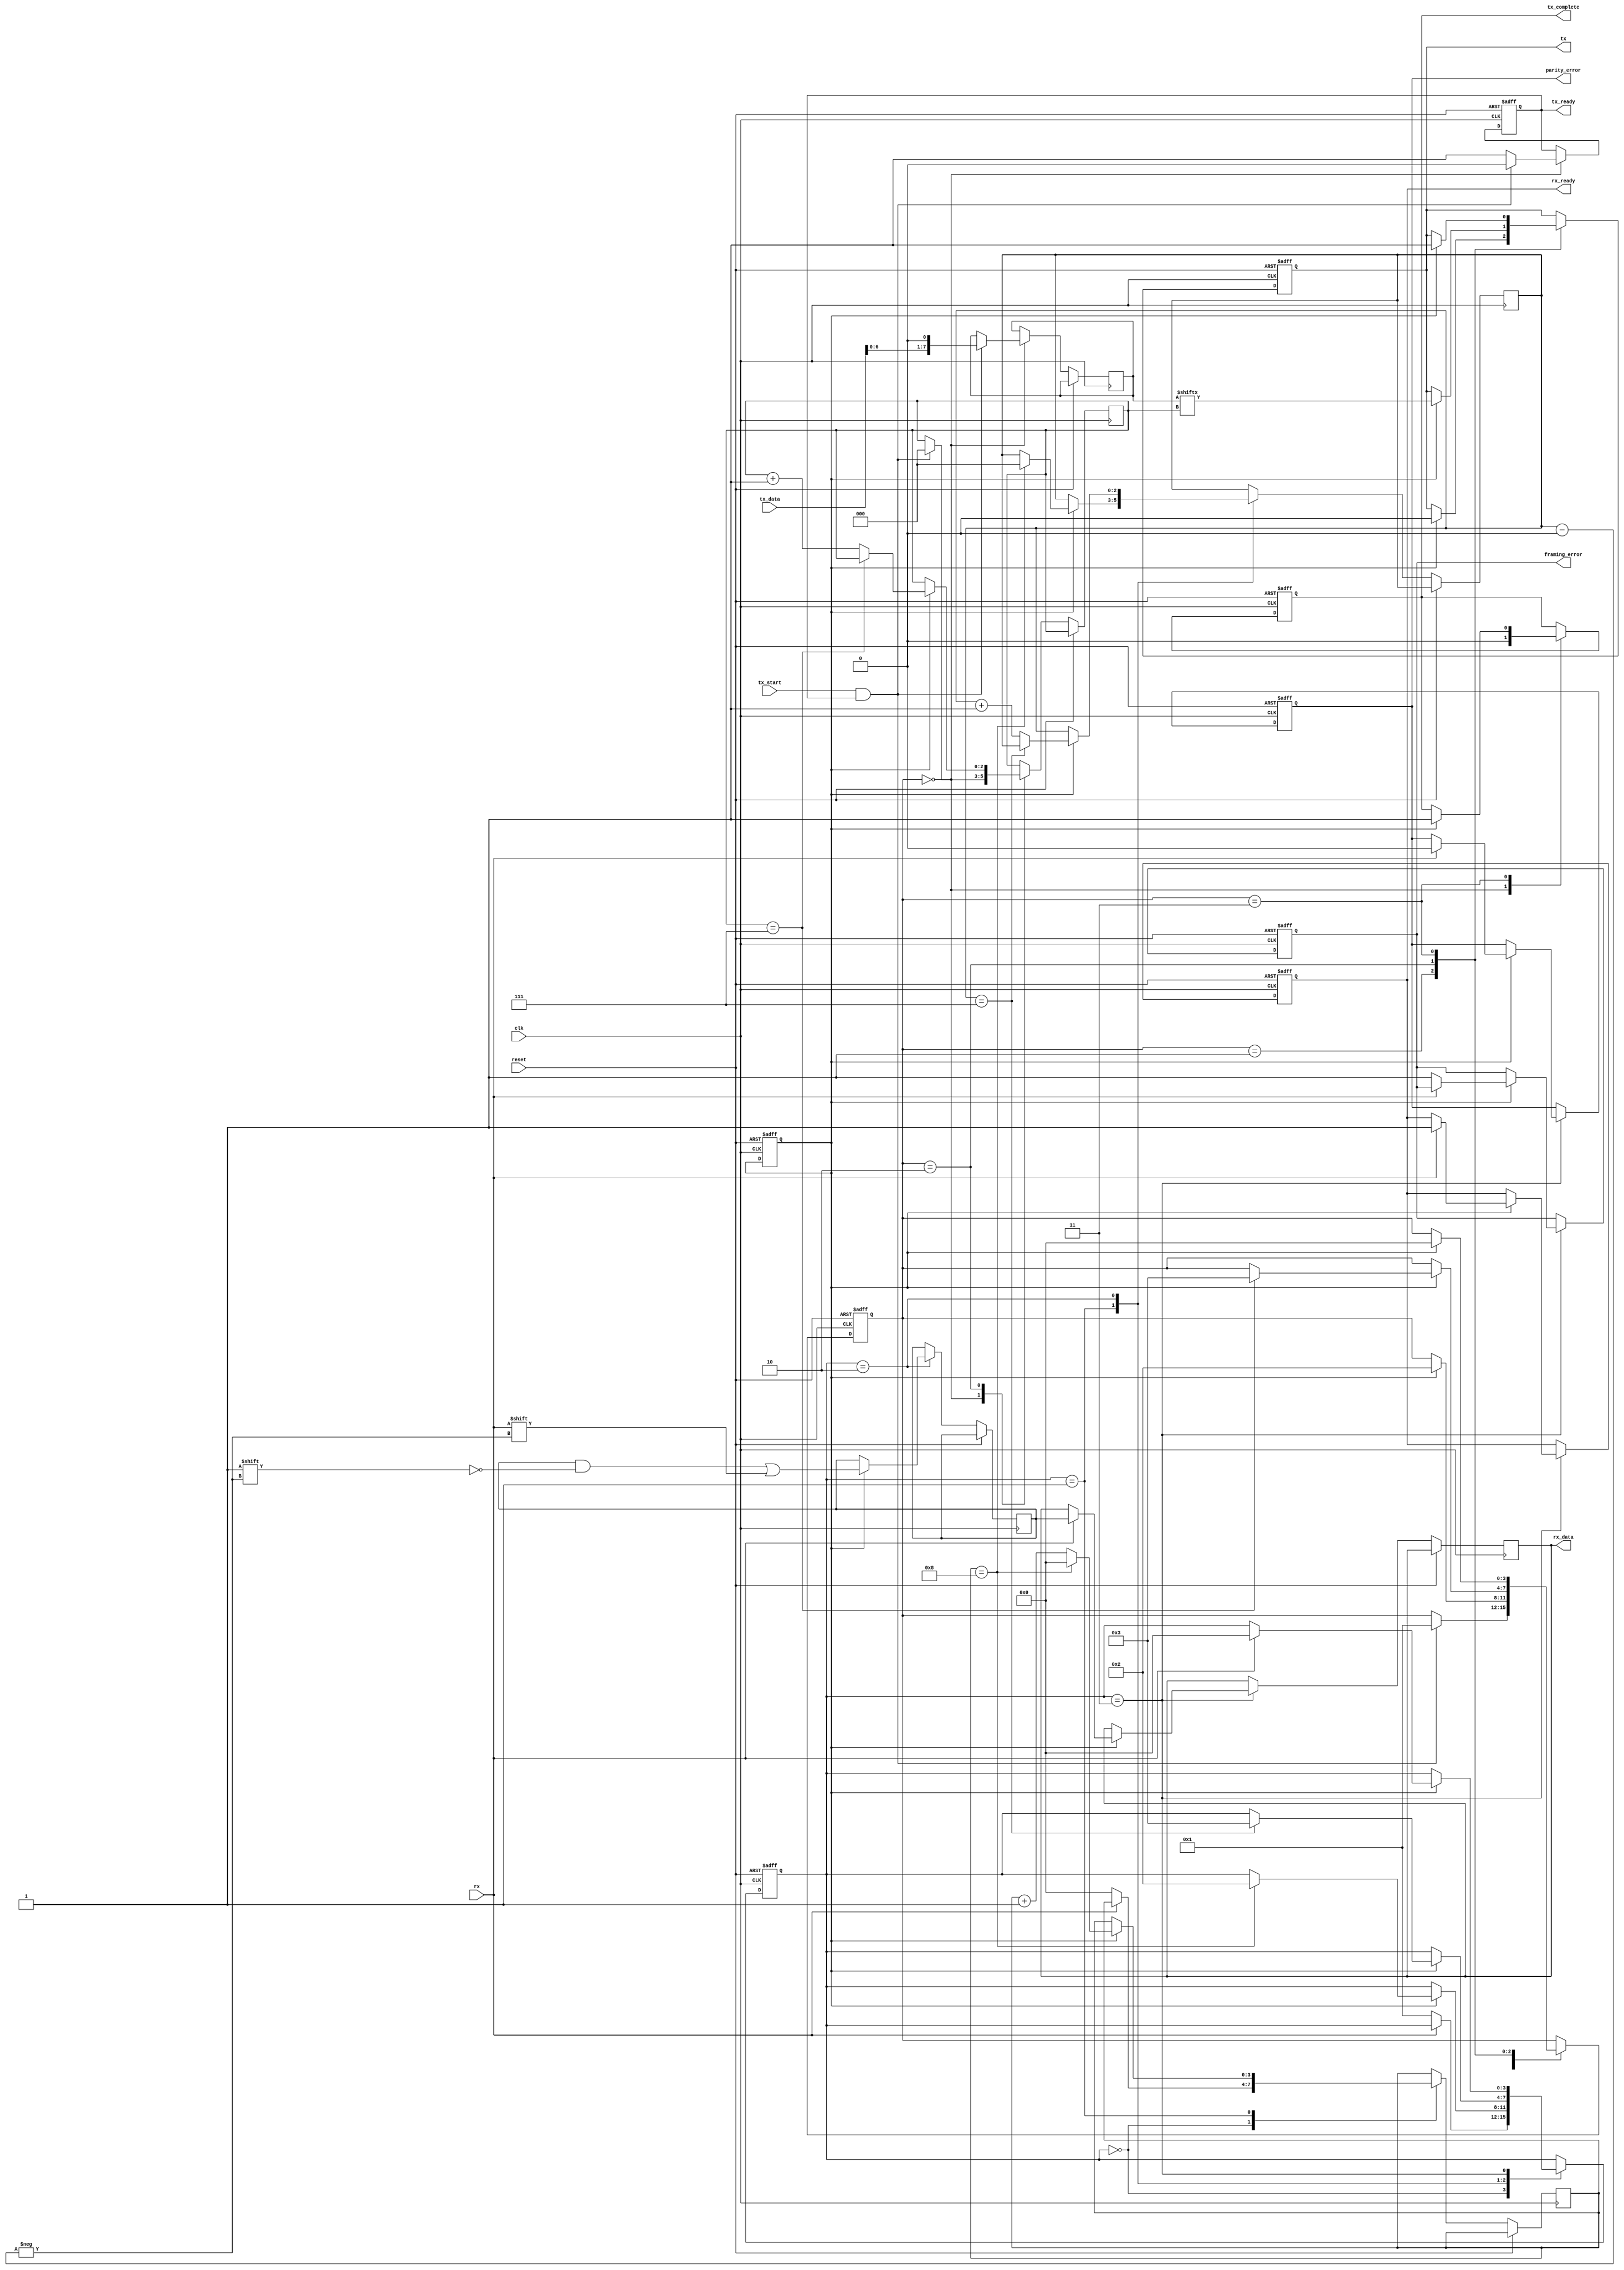
module Parameterized_UART #(
    parameter DATA_WIDTH = 8,      // Parallel data width
    parameter BAUD_RATE = 9600,    // Desired baud rate
    parameter CLOCK_FREQ = 50000000, // System clock frequency in Hz
    parameter STOP_BITS = 1,        // Number of stop bits (1 or 2)
    parameter PARITY_ENABLE = 0     // Enable parity (0: None, 1: Even, 2: Odd)
)(
    input wire clk,                  // System clock
    input wire reset,                // Reset signal
    input wire tx_start,             // Transmit start signal
    input wire [DATA_WIDTH-1:0] tx_data, // Data to transmit
    output reg tx,                   // Transmit serial output
    output reg tx_ready,             // TX ready signal
    output reg tx_complete,          // TX complete signal
    input wire rx,                   // Receive serial input
    output reg [DATA_WIDTH-1:0] rx_data, // Received data
    output reg rx_ready,             // RX ready signal
    output reg framing_error,        // Framing error signal
    output reg parity_error          // Parity error signal
);

    // Baud rate generator
    localparam integer CLOCK_DIV = CLOCK_FREQ / (BAUD_RATE * 16);
    reg [3:0] baud_counter = 0;
    reg baud_tick = 0;

    always @(posedge clk or posedge reset) begin
        if (reset) begin
            baud_counter <= 0;
            baud_tick <= 0;
        end else begin
            if (baud_counter == CLOCK_DIV - 1) begin
                baud_counter <= 0;
                baud_tick <= ~baud_tick; // Toggle baud tick every CLOCK_DIV cycles
            end else begin
                baud_counter <= baud_counter + 1;
            end
        end
    end

    // Transmitter state machine
    reg [3:0] tx_state;
    localparam TX_IDLE = 4'd0, TX_START = 4'd1, TX_DATA = 4'd2, TX_STOP = 4'd3;

    reg [7:0] tx_shift_reg;
    reg [2:0] bit_index;

    always @(posedge clk or posedge reset) begin
        if (reset) begin
            tx <= 1'b1; // Idle state (high)
            tx_state <= TX_IDLE;
            tx_ready <= 1'b1;
            tx_complete <= 1'b0;
        end else begin
            case (tx_state)
                TX_IDLE: begin
                    tx_ready <= 1'b1;
                    tx_complete <= 1'b0;
                    if (tx_start && tx_ready) begin
                        tx_shift_reg <= {tx_data, 1'b0}; // Append stop bit
                        if (PARITY_ENABLE) begin
                            // Calculate and append parity bit
                            tx_shift_reg <= {tx_shift_reg, ^tx_data}; // Append parity bit
                        end 
                        tx_state <= TX_START;
                        tx_ready <= 1'b0; // Not ready while transmitting
                        bit_index <= 0;
                    end
                end

                TX_START: begin
                    if (baud_tick) begin
                        tx <= 1'b0; // Start bit
                        tx_state <= TX_DATA;
                    end
                end

                TX_DATA: begin
                    if (baud_tick) begin
                        tx <= tx_shift_reg[bit_index];
                        if (bit_index == (DATA_WIDTH + (PARITY_ENABLE ? 1 : 0) - 1)) begin
                            tx_state <= TX_STOP;
                        end else begin
                            bit_index <= bit_index + 1;
                        end
                    end
                end

                TX_STOP: begin
                    if (baud_tick) begin
                        tx <= 1'b1; // Stop bit
                        tx_complete <= 1'b1;
                        tx_state <= TX_IDLE; // Go back to idle
                    end
                end
            endcase
        end
    end

    // Receiver state machine
    reg [3:0] rx_state;
    localparam RX_IDLE = 4'd0, RX_START = 4'd1, RX_DATA = 4'd2, RX_STOP = 4'd3;

    reg [7:0] rx_shift_reg;
    reg [2:0] rx_bit_index;
    reg [3:0] rx_sample_count;

    always @(posedge clk or posedge reset) begin
        if (reset) begin
            rx_state <= RX_IDLE;
            rx_ready <= 1'b0;
            framing_error <= 1'b0;
            parity_error <= 1'b0;
        end else begin
            case (rx_state)
                RX_IDLE: begin
                    if (~rx) begin // Start bit detected
                        rx_state <= RX_START;
                        rx_sample_count <= 0;
                    end
                end

                RX_START: begin
                    if (baud_tick) begin
                        if (rx_sample_count == 8) begin // Sample in the middle of the start bit
                            rx_state <= RX_DATA;
                            rx_bit_index <= 0;
                            rx_sample_count <= 0;
                        end else begin
                            rx_sample_count <= rx_sample_count + 1;
                        end
                    end
                end

                RX_DATA: begin
                    if (baud_tick) begin
                        rx_shift_reg[rx_bit_index] <= rx; // Capture data
                        if (rx_bit_index == (DATA_WIDTH + (PARITY_ENABLE ? 1 : 0) - 1)) begin
                            rx_state <= RX_STOP;
                        end else begin
                            rx_bit_index <= rx_bit_index + 1;
                        end
                    end
                end

                RX_STOP: begin
                    if (baud_tick) begin
                        if (rx) begin // Check stop bit
                            rx_ready <= 1'b1; // Data is ready
                            rx_data <= rx_shift_reg;
                            rx_state <= RX_IDLE;

                            // Check for parity error if enabled
                            if (PARITY_ENABLE) begin
                                case (PARITY_ENABLE)
                                    1: parity_error <= (rx_shift_reg[DATA_WIDTH] !== ^rx_data); // Even parity
                                    2: parity_error <= (rx_shift_reg[DATA_WIDTH] === ^rx_data); // Odd parity
                                endcase
                            end else begin
                                parity_error <= 1'b0;
                            end
                        end else begin
                            framing_error <= 1'b1; // Framing error
                        end
                    end
                end
            endcase
        end
    end
endmodule